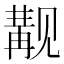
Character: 觏